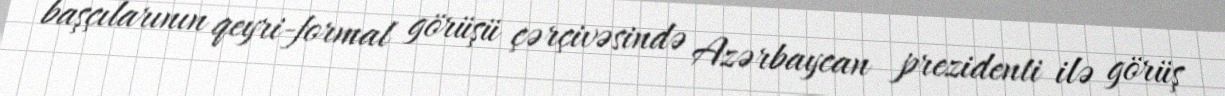
başçılarının qeyri-formal görüşü çərçivəsində Azərbaycan prezidenti ilə görüş